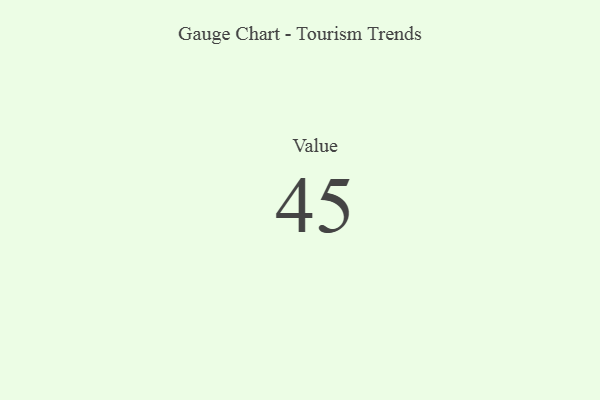
{"axis": {"x": "Metric", "y": "Value"}, "legend": [""], "data": [{"x": "Value", "y": 45, "type": ""}]}